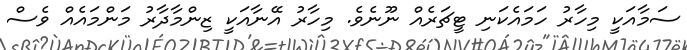
ސަމާއަކީ މިހާރު ހަމައެކަނި ޓީޗަރެއް ނޫނެވެ. މިހާރު އޭނާއަކީ ޒިންމާދާރު މަންމައެއް ވެސް